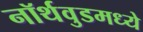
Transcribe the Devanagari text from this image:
नॉर्थवुडमध्ये